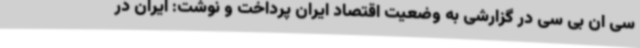
سی ان بی سی در گزارشی به وضعیت اقتصاد ایران پرداخت و نوشت: ایران در